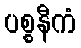
ပစ္စနီကံ